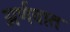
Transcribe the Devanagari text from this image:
अर्णवात